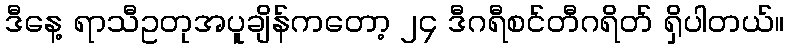
ဒီနေ့ ရာသီဥတုအပူချိန်ကတော့ ၂၄ ဒီဂရီစင်တီဂရိတ် ရှိပါတယ်။